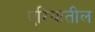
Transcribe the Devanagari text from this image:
एरियातील